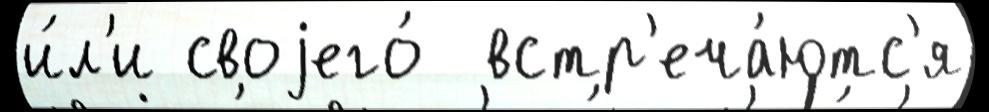
и́л'и своjего́  встр'еча́ютс'я